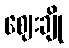
ဈေးချို